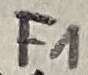
Text: F1